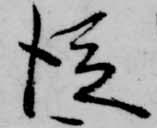
従